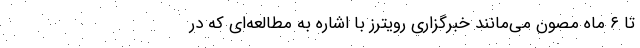
تا ۶ ماه مصون می‌مانند خبرگزاری رویترز با اشاره به مطالعه‌ای که در